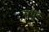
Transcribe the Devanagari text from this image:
मधुरः